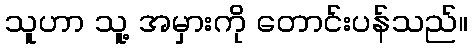
သူဟာ သူ့ အမှားကို တောင်းပန်သည်။